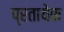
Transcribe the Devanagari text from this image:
प्रतायेक